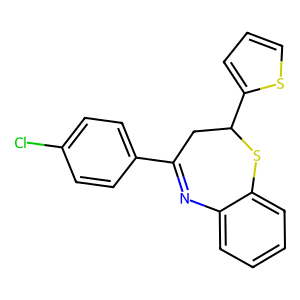
SMILES: Clc1ccc(C2=Nc3ccccc3SC(c3cccs3)C2)cc1
Inhibits HIV replication: No